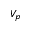
V _ { p }